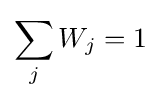
\sum _{j}W_{j}=1\,\!